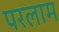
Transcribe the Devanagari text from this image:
परलाम